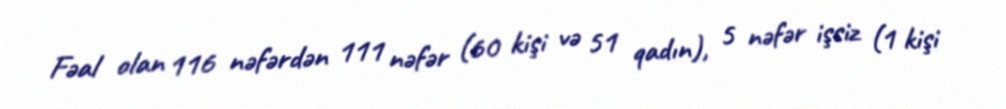
Fəal olan 116 nəfərdən 111 nəfər (60 kişi və 51 qadın), 5 nəfər işsiz (1 kişi